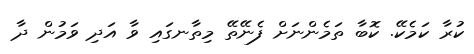
ކުރާ ކަމެކޭ. ކޮބާ ތަމެންނަށް ފެނޭތޭ މިތާނގައި ވާ އަދި ވަމުން ދާ